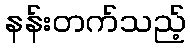
နန်းတက်သည့်